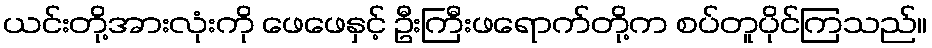
ယင်းတို့အားလုံးကို ဖေဖေနှင့် ဦးကြီးဖရောက်တို့က စပ်တူပိုင်ကြသည်။